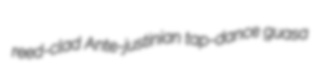
reed-clad Ante-justinian tap-dance guasa